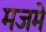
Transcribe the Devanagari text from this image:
मजमे